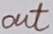
Text: out